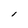
Character: l